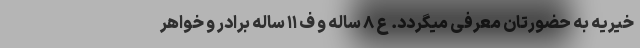
خیریه به حضورتان معرفی میگردد. ع ۸ ساله و ف ۱۱ ساله برادر و خواهر